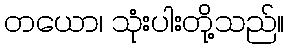
တယော၊ သုံးပါးတို့သည်။